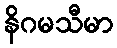
နိဂမသီမာ